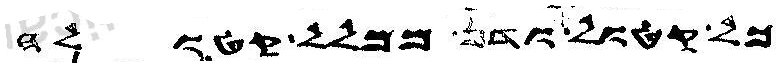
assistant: כל קטול ודן ממלל קטולה